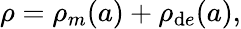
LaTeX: \rho=\rho_{m}(a)+\rho_{\mathrm{d}e}(a),